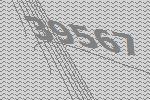
39567